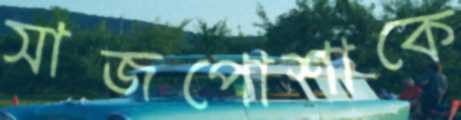
সাজপোশাকে